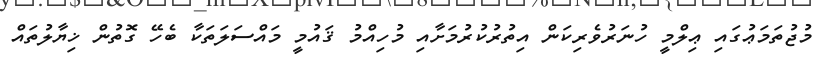
މުޖުތަމަޢުގައި ޢިލްމީ ހުނަރުވެރިކަން އިތުރުކުރުމަށާއި މުހިއްމު ޤައުމީ މައްސަލަތަކާ ބެހޭ ގޮތުން ޚިޔާލުތައް